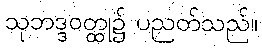
သုဘဒ္ဒဝတ္ထု၌ ပညတ်သည်။